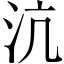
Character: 沆